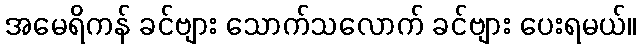
အမေရိကန် ခင်ဗျား သောက်သလောက် ခင်ဗျား ပေးရမယ်။